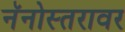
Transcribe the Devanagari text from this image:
नॅनोस्तरावर